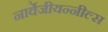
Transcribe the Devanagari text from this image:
नार्वेजीयन्नील्स